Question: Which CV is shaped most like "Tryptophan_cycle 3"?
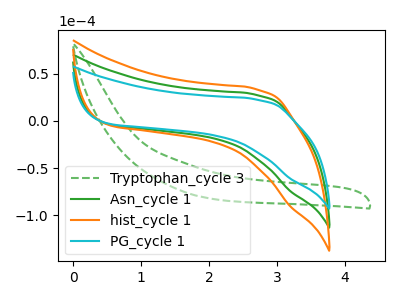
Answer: <think>The green dashed curve "Tryptophan_cycle 3" has no peaks. The green curve "Asn_cycle 1" has no peaks. The orange curve "hist_cycle 1" has no peaks. The cyan curve "PG_cycle 1" has no peaks.
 Neither "Tryptophan_cycle 3" or "Asn_cycle 1" have any peaks. Neither "Tryptophan_cycle 3" or "hist_cycle 1" have any peaks. Neither "Tryptophan_cycle 3" or "PG_cycle 1" have any peaks. Neither "Asn_cycle 1" or "hist_cycle 1" have any peaks. Neither "Asn_cycle 1" or "PG_cycle 1" have any peaks. Neither "hist_cycle 1" or "PG_cycle 1" have any peaks.</think>
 <answer>"Tryptophan_cycle 3", "Asn_cycle 1" and "hist_cycle 1" have a similar shape to "PG_cycle 1".</answer>
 <eval>"Tryptophan_cycle 3" "Asn_cycle 1" "hist_cycle 1"</eval>